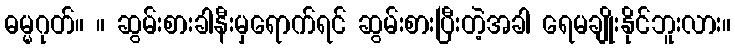
ဓမ္မဂုတ်။ ။ ဆွမ်းစားခါနီးမှရောက်ရင် ဆွမ်းစားပြီးတဲ့အခါ ရေမချိုးနိုင်ဘူးလား။